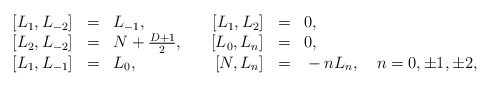
\begin{align*} \begin{array}{rclrcl} \left[L_1,L_{-2}\right]&=&L_{-1},&\quad\left[L_1,L_2\right]&=&0,\\ \left[L_2,L_{-2}\right]&=& N + \frac{D+1}{2},&\quad\left[L_0,L_n\right]&=&0,\\ \left[L_1,L_{-1}\right]&=&L_0,&\quad\left[N,L_n\right]&=&{}-nL_n,\quad n=0,\pm 1,\pm 2, \end{array}\end{align*}